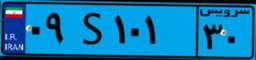
۳۲S۴۱۷۳۹